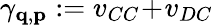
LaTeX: \gamma_{\mathbf{q},\mathbf{p}}:=v_{CC}\! +\! v_{DC}